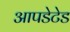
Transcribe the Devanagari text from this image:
आपडेटेड